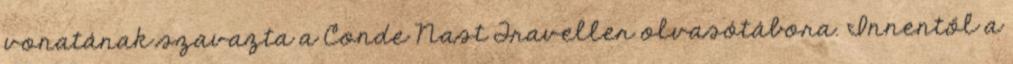
vonatának szavazta a Conde Nast Traveller olvasótábora. Innentől a